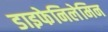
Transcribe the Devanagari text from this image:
डाइफेनिलेमिन